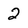
Character: 2